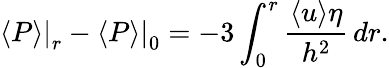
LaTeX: \left.\langle P\rangle\right|_{r}-\left.\langle P\rangle\right|_{0}=-3\int_{0}^{r}\frac{\langle u\rangle\eta}{h^{2}}\, dr.